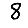
Digit: 8